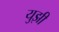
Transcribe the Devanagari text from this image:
युझी